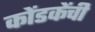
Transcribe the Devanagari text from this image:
कोंडकेंची